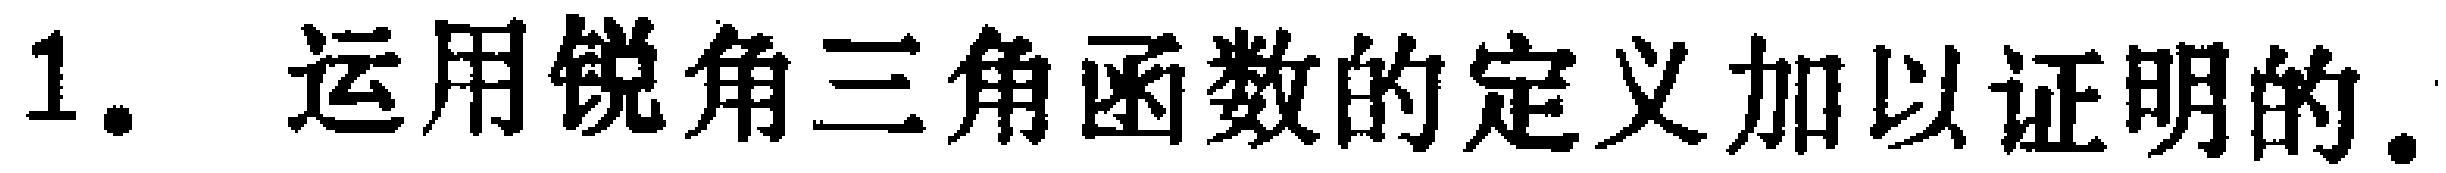
1. 运用锐角三角函数的定义加以证明的.